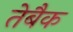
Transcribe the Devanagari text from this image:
तेबैक